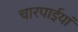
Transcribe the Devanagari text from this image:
चारपाईयां